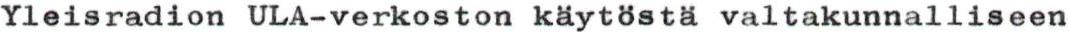
Yleisradion ULA-verkoston käytösta valtakunnalliseen